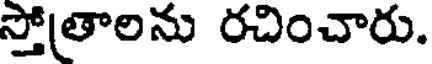
స్తోతాలను రచించారు.